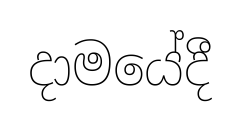
දාමයේදී